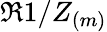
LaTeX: \Re{1/Z_{(m)}}